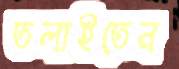
তলাইতেন